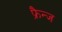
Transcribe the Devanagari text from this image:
फ्रैन्ज